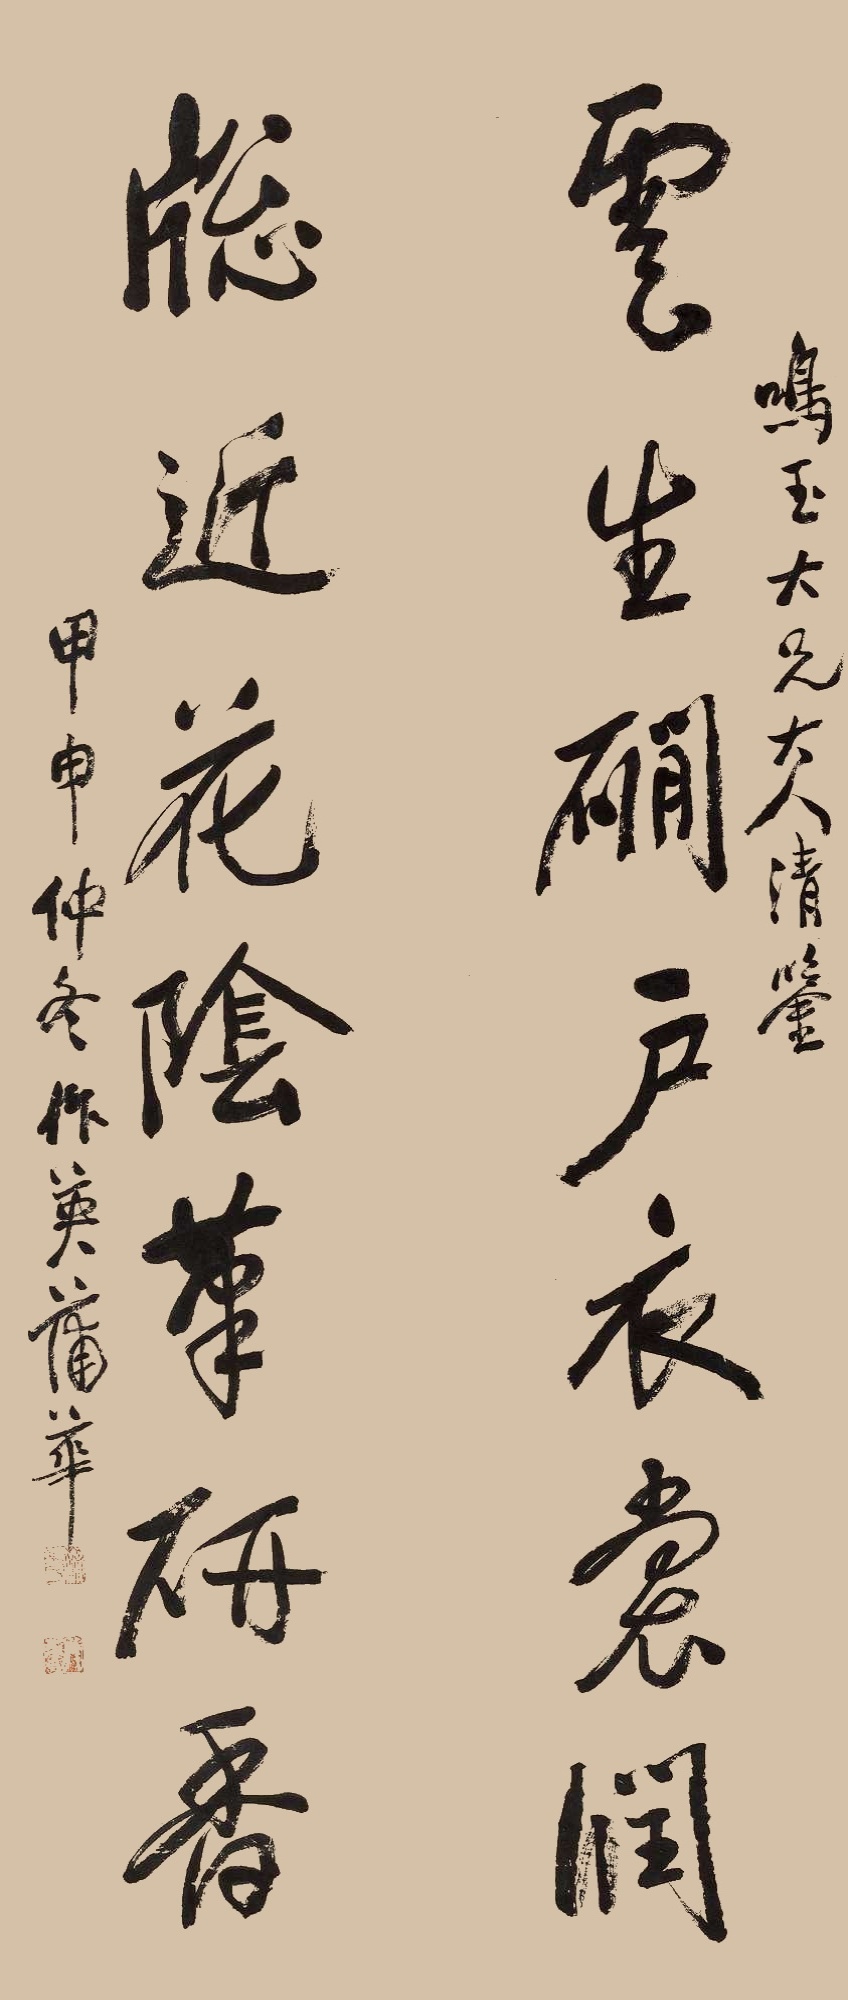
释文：云生磵户衣裳润，窗近花阴笔研香。鸣玉大兄大人清鉴。甲申仲冬，作英蒲华。